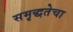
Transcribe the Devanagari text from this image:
समृद्धतेचा